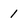
Character: 1